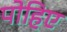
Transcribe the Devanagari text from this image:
पोहिए